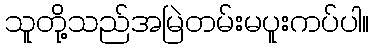
သူတို့သည်အမြဲတမ်းမပူးကပ်ပါ။